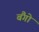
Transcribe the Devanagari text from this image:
बैंगो